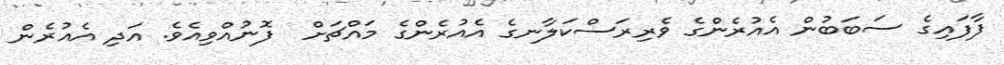
ފާފައިގެ ސަބަބުން އެއުރެންގެ ވެރިރަސްކަލާނގެ އެއުރެންގެ މައްޗަށް  ފޮނުއްވިއެވެ. އަދި އެއުރެން